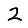
Digit: 2